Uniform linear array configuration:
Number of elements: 64
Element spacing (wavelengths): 1
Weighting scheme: blackman
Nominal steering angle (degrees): -60
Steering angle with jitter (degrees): -58.266
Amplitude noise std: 0.05
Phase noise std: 0.05

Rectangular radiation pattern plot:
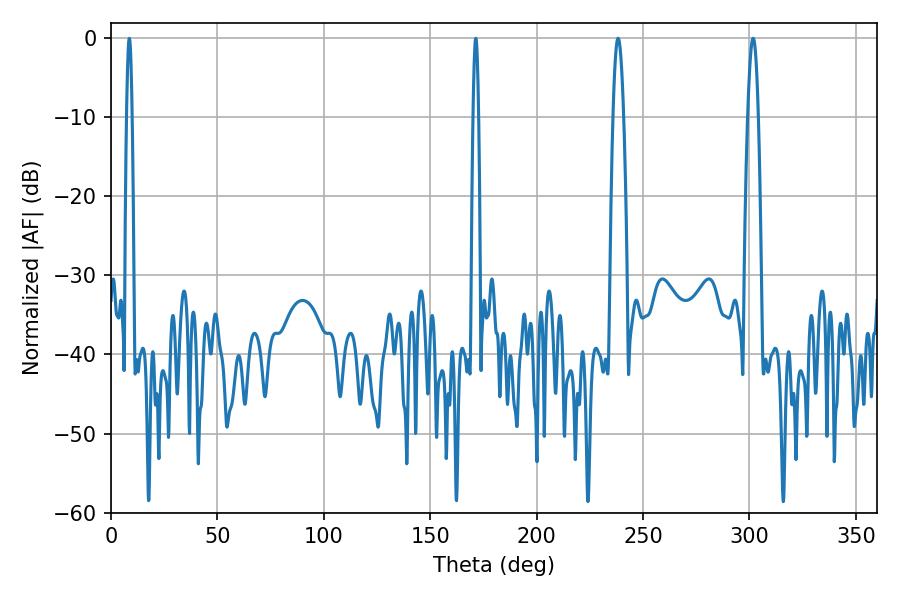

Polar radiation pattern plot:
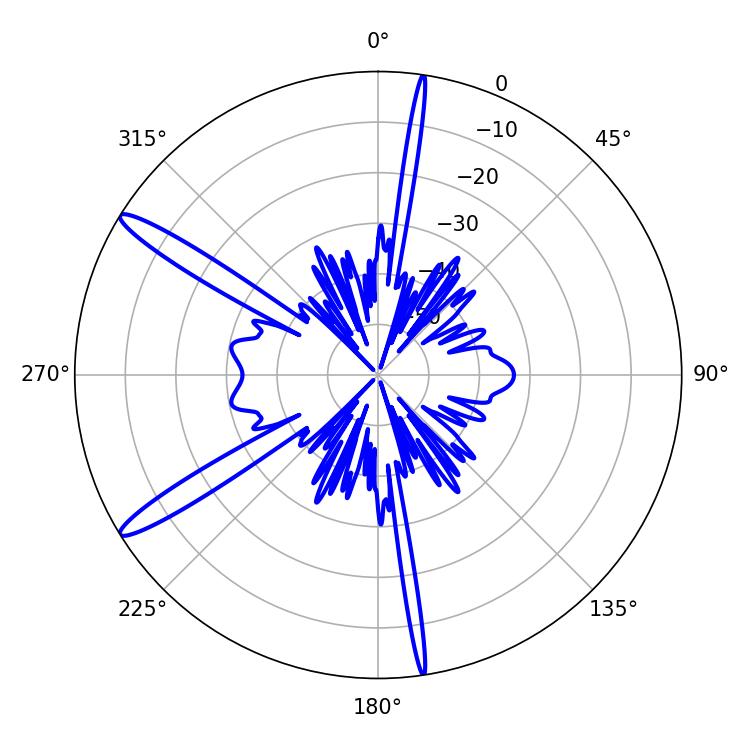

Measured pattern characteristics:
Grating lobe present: TRUE
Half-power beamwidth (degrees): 2.7
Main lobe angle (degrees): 301.68